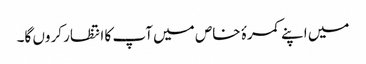
میں اپنے کمرۂ خاص میں آپ کا انتظار کروں گا۔